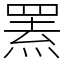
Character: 罴